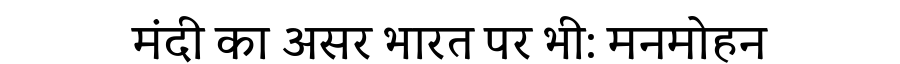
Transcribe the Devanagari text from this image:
मंदी का असर भारत पर भी: मनमोहन